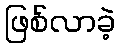
ဖြစ်လာခဲ့